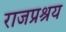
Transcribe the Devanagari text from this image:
राजप्रश्रय